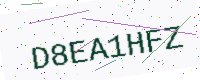
Text: D8EA1HFZ